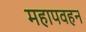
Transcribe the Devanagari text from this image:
महापवहन